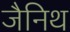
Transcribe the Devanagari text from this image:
जैनिथ